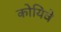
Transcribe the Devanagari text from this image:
कोयिवे